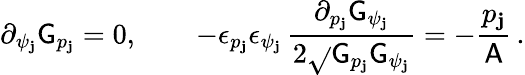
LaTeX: \partial_{\psi_{\mathbf{j}}}\mathsf{{G}}_{p_{\mathbf{j}}}=0,\qquad-\epsilon_{p_{\mathbf{j}}}\epsilon_{\psi_{\mathbf{j}}}\, \frac{{\partial_{p_{\mathbf{j}}}\mathsf{{G}}_{\psi_{\mathbf{j}}}}}{{2\sqrt{}{{\mathsf{{G}}_{p_{\mathbf{j}}}\mathsf{{G}}_{\psi_{\mathbf{j}}}}}}}=-\frac{{p_{\mathbf{j}}}}{{\mathsf{{A}}}}\, .